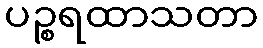
ပဉ္စရထာသတာ